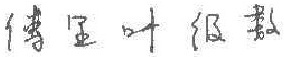
傅里叶级数